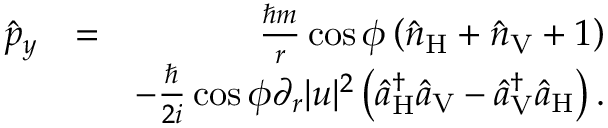
\begin{array} { r l r } { \hat { p } _ { y } } & { = } & { \frac { \hbar m } { r } \cos \phi \left( \hat { n } _ { \mathrm { H } } + \hat { n } _ { \mathrm { V } } + 1 \right) } \\ & { } & { - \frac { \hbar } { 2 i } \cos \phi \partial _ { r } | u | ^ { 2 } \left( \hat { a } _ { \mathrm { H } } ^ { \dagger } \hat { a } _ { \mathrm { V } } - \hat { a } _ { \mathrm { V } } ^ { \dagger } \hat { a } _ { \mathrm { H } } \right) . } \end{array}